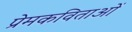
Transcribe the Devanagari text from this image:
प्रेमकविताओं